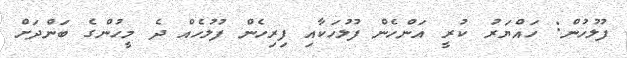
ފުލުހުން: ހައްޔަރު ކުރީ އަންހެން ފުލުހަކާއި ފިރިހެން ފުލުހެއް ދެ މީހުންގެ ބަންދަށް